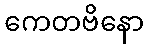
ကေတဗိနော